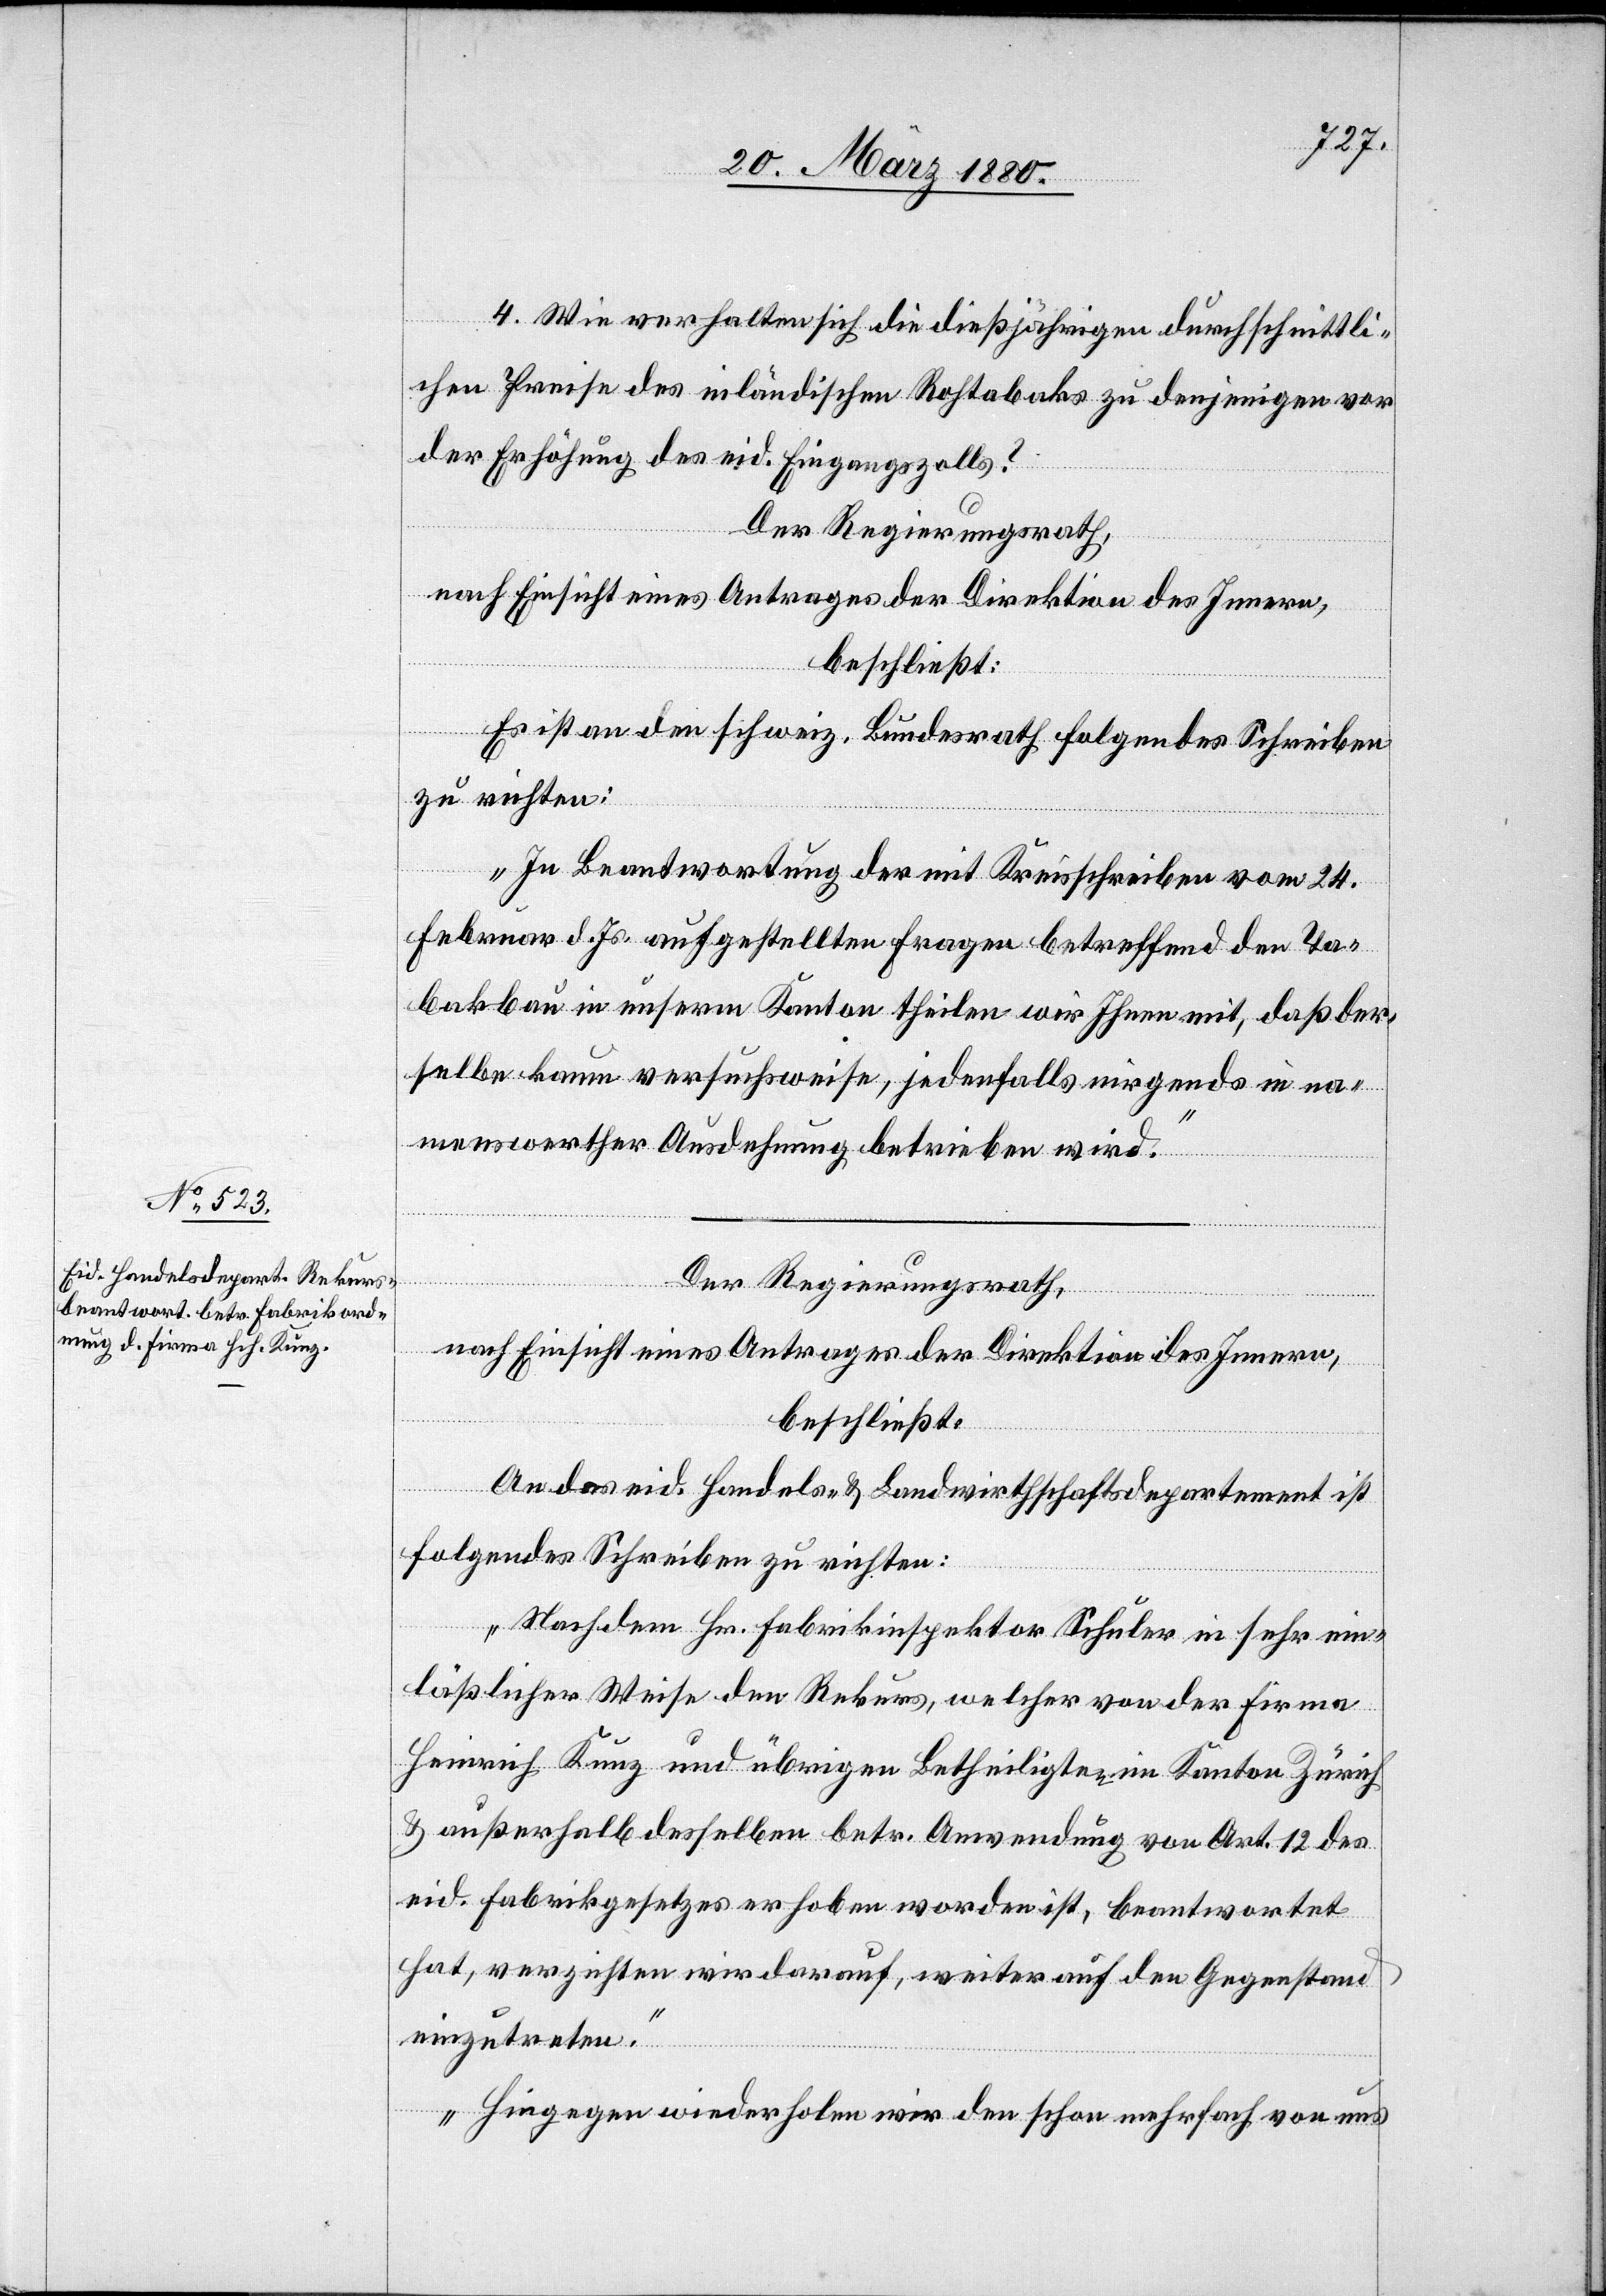
4. Wie verhalten sich die dießjährigen durchschnittli¬
chen Preise des inländischen Rohtabaks zu denjenigen vor
der Erhöhung des eid. Eingangszolls?
Der Regierungsrath,
nach Einsicht eines Antrages der Direktion des Innern,
beschließt:
Es ist an den schweiz. Bundesrath folgendes Schreiben
zu richten:
„In Beantwortung der mit Kreisschreiben vom 24.
Februar d. Js. aufgestellten Fragen betreffend den Ta¬
bakbau in unserm Kanton theilen wir Ihnen mit, daß der¬
selbe kaum versuchsweise, jedenfalls nirgends in na¬
menswerther Ausdehnung, betrieben wird.“
Der Regierungsrath,
nach Einsicht eines Antrages der Direktion des Innern,
beschließt:
An das eid. Handels- & Landwirthschaftsdepartement ist
folgendes Schreiben zu richten:
Nachdem Hr. Fabrikinspektor Schuler in sehr ein¬
läßlicher Weise den Rekurs, welcher von der Firma
Heinrich Kunz und übrigen Betheiligten im Kanton Zürich
& außerhalb desselben betr. Anwendung von Art. 12 des
eid. Fabrikgesetzes erhoben worden ist, beantwortet
hat, verzichten wir darauf, weiter auf den Gegenstand
einzutreten.
Hiegegen wiederholen wir den schon mehrfach von uns